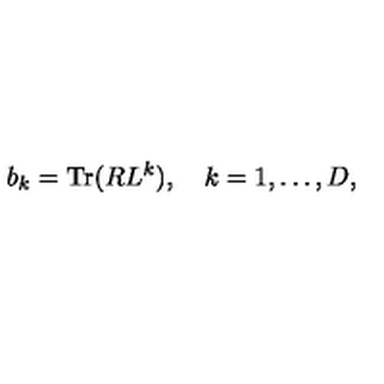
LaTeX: b _ { k } = \mathrm { T r } ( R L ^ { k } ) , \quad k = 1 , \ldots , D ,